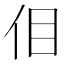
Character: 𪜮